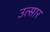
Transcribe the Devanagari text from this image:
उत्सार